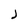
Character: J